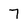
Character: 7